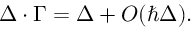
\Delta \cdot \Gamma = \Delta + O ( \hbar \Delta ) .